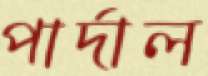
পার্দাল